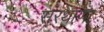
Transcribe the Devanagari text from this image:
सरथाणा